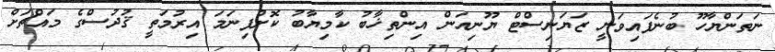
ނަތަންޔާހޫ ބުނެފައިވަނީ ޒަޔަނިސްޓް ޔޫނިއަން އިންތިޚާބު ކާމިޔާބު ކޮށްފިނަމަ އިރުމަތީ ޤުދުސްގެ މައްޗަށް